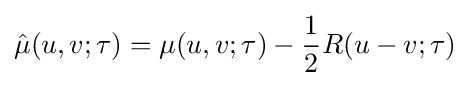
{\hat {\mu }}(u,v;\tau )=\mu (u,v;\tau )-{\frac {1}{2}}R(u-v;\tau )